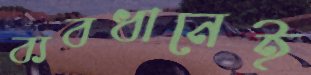
ব্যবধানেই